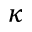
\kappa